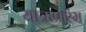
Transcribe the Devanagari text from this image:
यात्राप्रारंभ